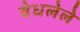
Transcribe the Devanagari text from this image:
वेधलेले